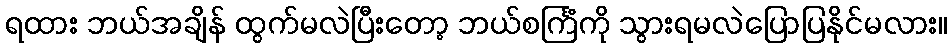
ရထား ဘယ်အချိန် ထွက်မလဲပြီးတော့ ဘယ်စင်္ကြံကို သွားရမလဲပြောပြနိုင်မလား။